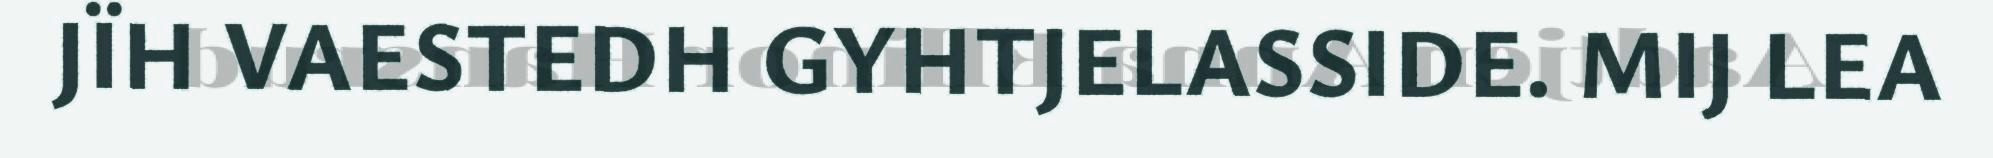
JÏH VAESTEDH GYHTJELASSIDE. MIJ LEA